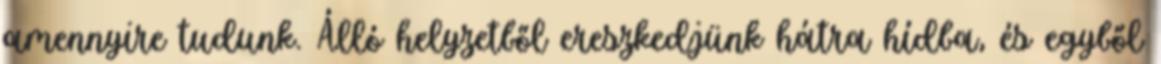
amennyire tudunk. Álló helyzetből ereszkedjünk hátra hídba, és egyből